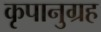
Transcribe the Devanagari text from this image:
कृपानुग्रह